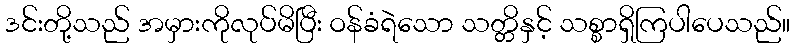
ဒင်းတို့သည် အမှားကိုလုပ်မိပြီး ဝန်ခံရဲသော သတ္တိနှင့် သစ္စာရှိကြပါပေသည်။